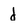
Character: d